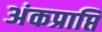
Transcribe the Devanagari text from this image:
अंकप्राप्ति